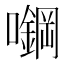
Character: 𰉅